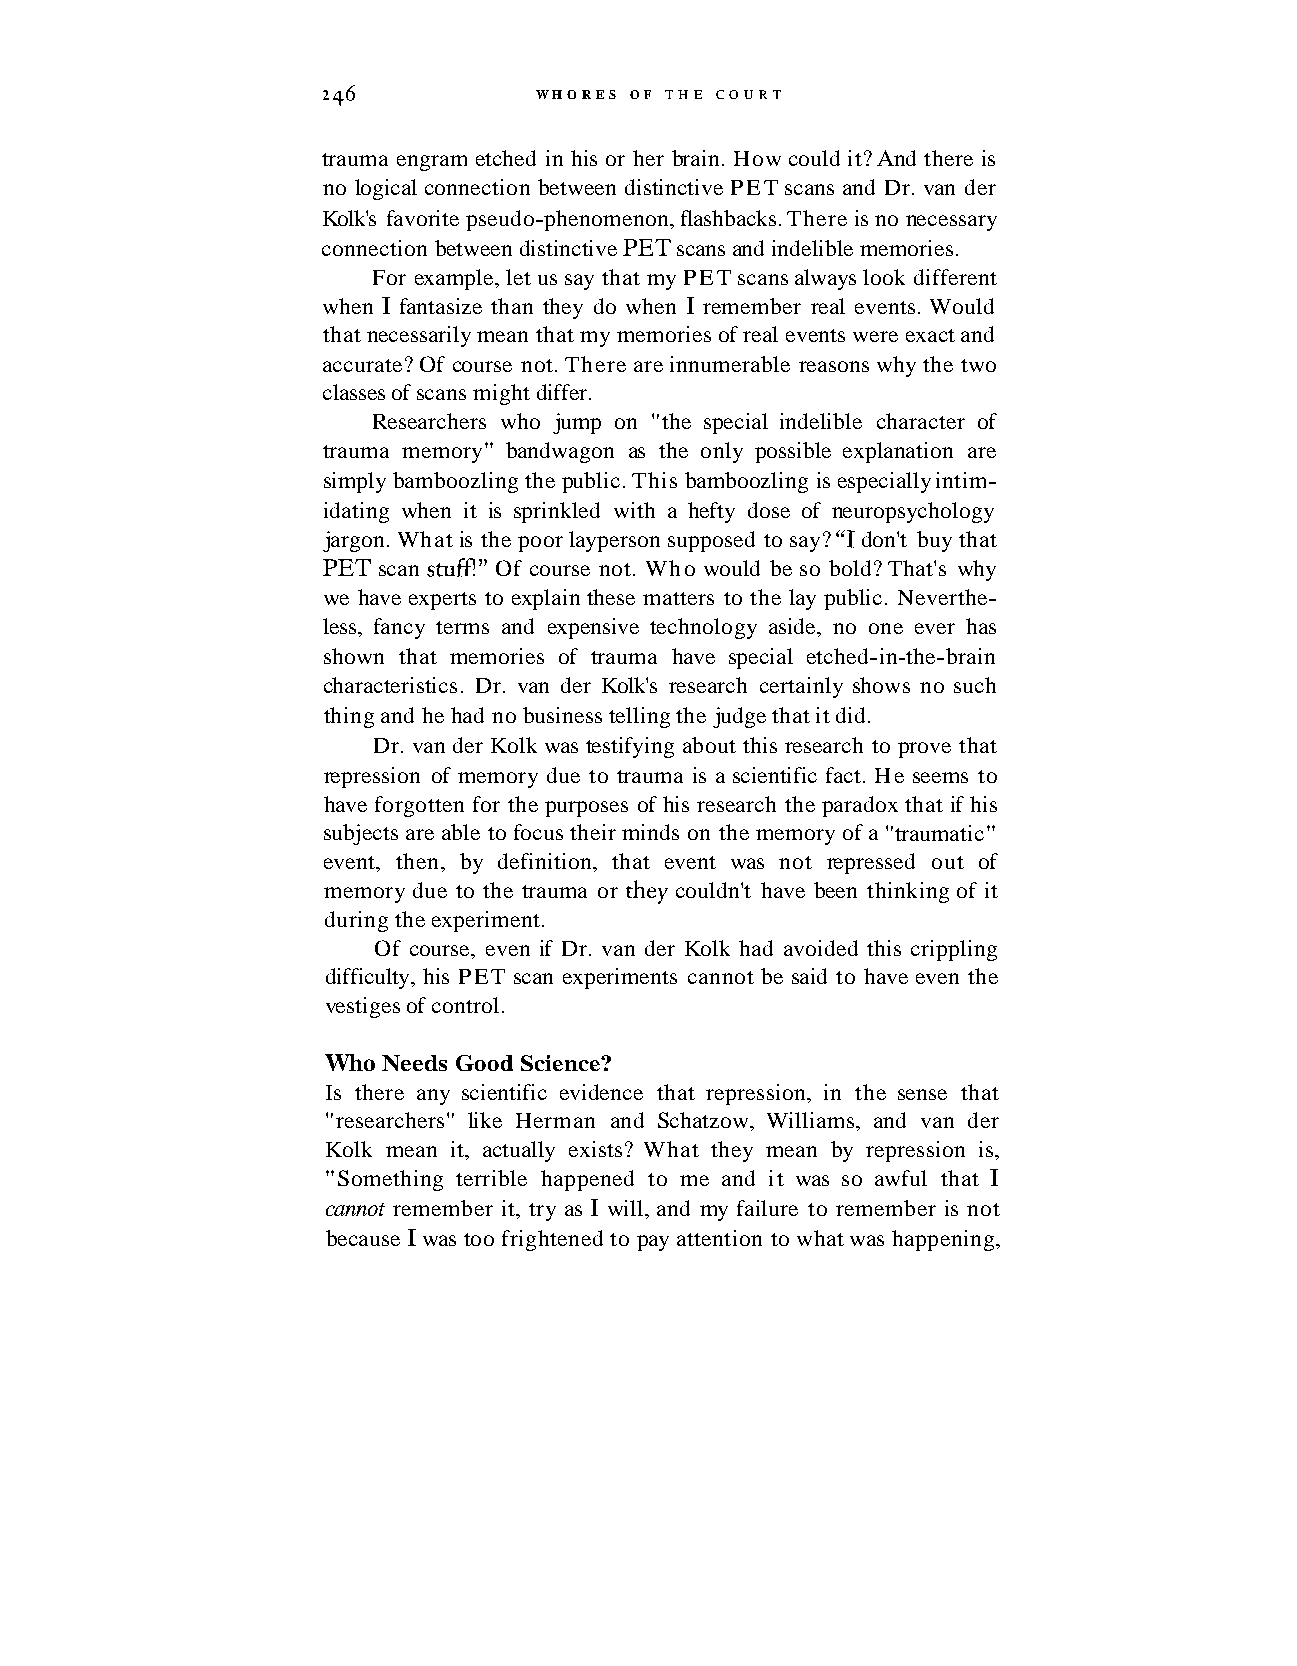
246           WHORES OF THE COURT
 trauma engram etched in his or her brain. How could it? And there is
 no logical connection between distinctive PET scans and Dr. van der
 Kolk's favorite pseudo-phenomenon, flashbacks. There is no necessary
 connection between distinctive PET scans and indelible memories.
 For example, let us say that my PET scans always look different
 when I fantasize than they do when I remember real events. Would
 that necessarily mean that my memories of real events were exact and
 accurate? Of course not. There are innumerable reasons why the two
 classes of scans might differ.
 Researchers who jump on "the special indelible character of
 trauma memory" bandwagon as the only possible explanation are
 simply bamboozling the public. This bamboozling is especially intim-
 idating when it is sprinkled with a hefty dose of neuropsychology
 jargon. What is the poor layperson supposed to say? "1 don't buy that
 PET scan stufl" Of course not. Who would be so bold? That's why
 we have experts to explain these matters to the lay public. Neverthe-
 less, fancy terms and expensive technology aside, no one ever has
 shown that memories of trauma have special etched-in-the-brain
 characteristics. Dr. van der Kolk's research certainly shows no such
 thing and he had no business telling the judge that it did.
 Dr. van der Kolk was testifying about this research to prove that
 repression of memory due to trauma is a scientific fact. He seems to
 have forgotten for the purposes of his research the paradox that if his
 subjects are able to focus their minds on the memory of a "traumatic"
 event, then, by definition, that event was not repressed out of
 memory due to the trauma or they couldn't have been thinking of it
 during the experiment.
 Of course, even if Dr. van der Kolk had avoided this crippling
 difficulty, his PET scan experiments cannot be said to have even the
 vestiges of control.
 Who Needs Good Science?
 Is there any scientific evidence that repression, in the sense that
 "researchers" like Herman and Schatzow, Williams, and van der
 Kolk mean it, actually exists? What they mean by repression is,
 "Something terrible happened to me and it was so awful that I
 cannot remember it, try as I will, and my failure to remember is not
 because I was too frightened to pay attention to what was happening,